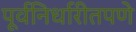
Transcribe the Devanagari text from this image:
पूर्वनिर्धारीतपणे